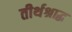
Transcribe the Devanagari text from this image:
तीर्थश्राद्ध